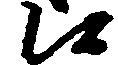
候